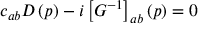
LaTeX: c _ { a b } D \left( p \right) - i \left[ G ^ { - 1 } \right] _ { a b } \left( p \right) = 0